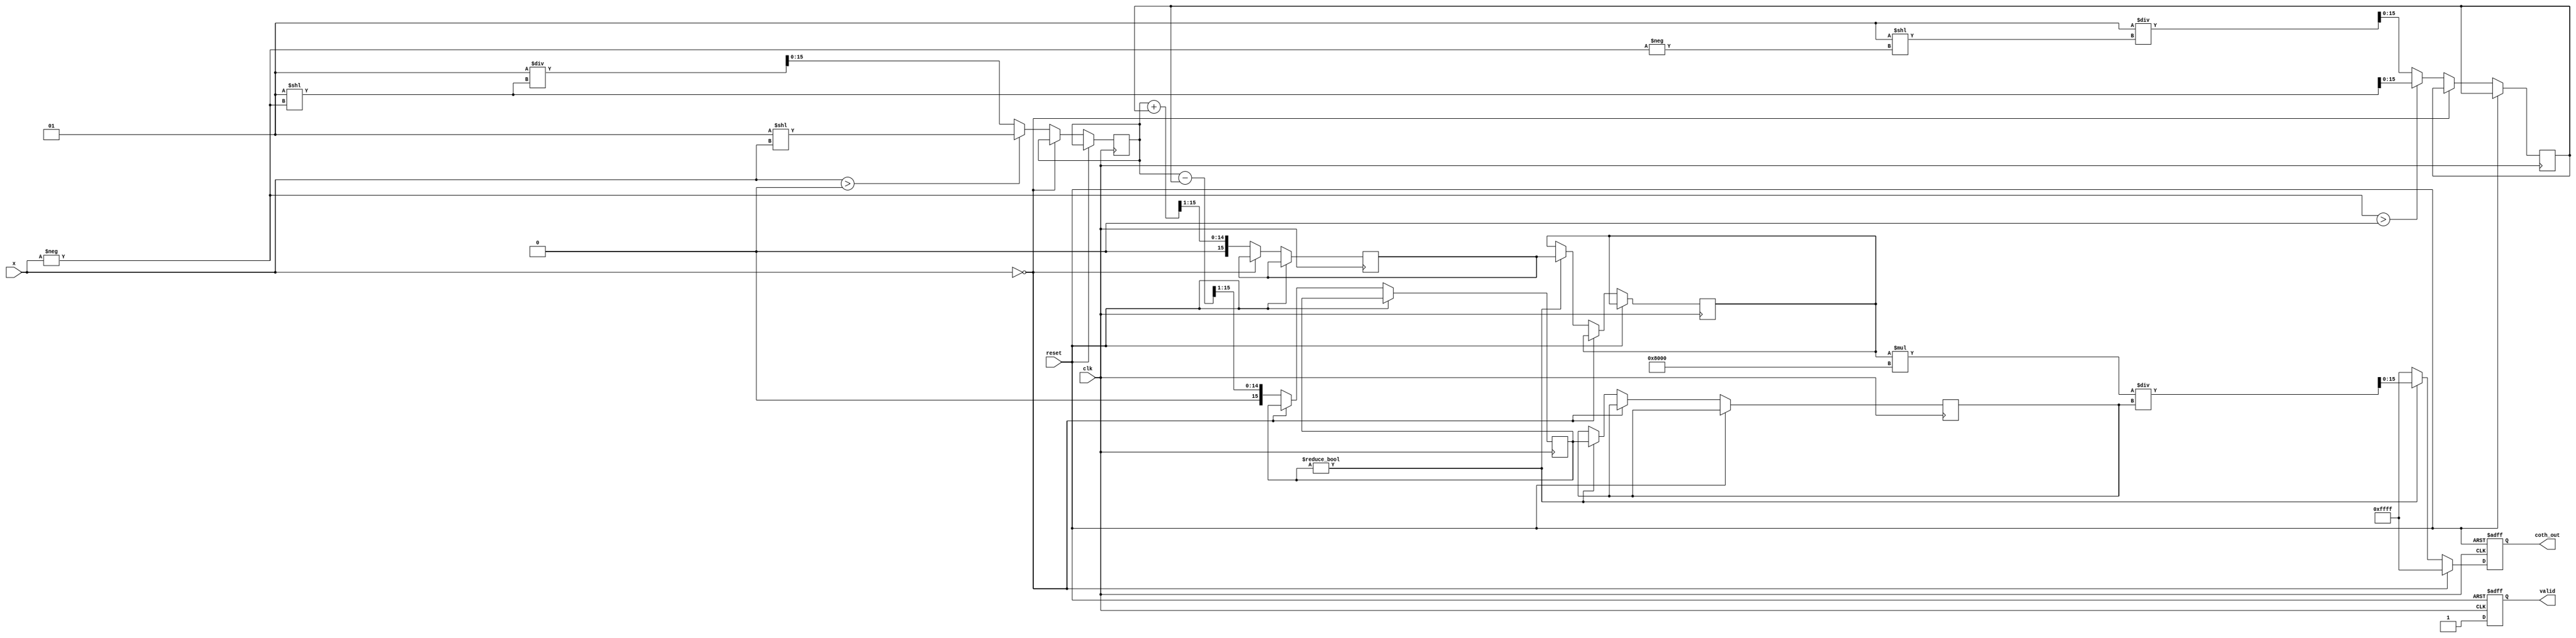
module hyperbolic_cotangent #(
    parameter N = 16, // Input width
    parameter M = 16  // Output width
)(
    input     wire        clk,
    input     wire        reset,
    input     wire [N-1:0] x,      // Input
    output    reg  [M-1:0] coth_out, // Output
    output    reg         valid      // Output valid flag
);

    // Internal signals
    reg [N-1:0] exp_x;
    reg [N-1:0] exp_neg_x;
    reg [N-1:0] cosh_x;
    reg [N-1:0] sinh_x;
    reg [N-1:0] numerator;
    reg [N-1:0] denominator;

    // Compute e^x and e^-x (using a simple approximation or LUT)
    function [N-1:0] exp_approx(input [N-1:0] value);
        begin
            // Simple approximation or lookup table would go here
            // For demo purposes, return value directly
            exp_approx = (value > 0) ? (1 << value) : (1 / (1 << -value));
        end
    endfunction

    always @(posedge clk or posedge reset) begin
        if (reset) begin
            coth_out <= 0;
            valid <= 0;
        end else begin
            valid <= 0; // Default valid to low
            
            // Handle special cases
            if (x == 0) begin
                coth_out <= 16'hFFFF; // Indicating undefined (infinity)
                valid <= 1;
            end else begin
                // Calculate e^x and e^-x
                exp_x <= exp_approx(x);
                exp_neg_x <= exp_approx(-x);
                
                // Calculate cosh(x) and sinh(x)
                cosh_x <= (exp_x + exp_neg_x) >> 1; // cosh(x)
                sinh_x <= (exp_x - exp_neg_x) >> 1; // sinh(x)

                // Avoid division by zero
                if (sinh_x != 0) begin
                    numerator <= cosh_x;
                    denominator <= sinh_x;
                    coth_out <= (numerator * (1 << (M-1))) / denominator; // Scale for output width
                end else begin
                    coth_out <= 16'hFFFF; // Indicating undefined (infinity)
                end
                valid <= 1; // Indicate valid output
            end
        end
    end
endmodule